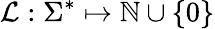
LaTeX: \mathcal{L}:\Sigma^{*}\mapsto\mathbb{{N}}\cup\{ 0\}